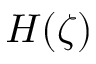
H ( \zeta )